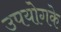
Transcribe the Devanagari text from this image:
उपयोगके